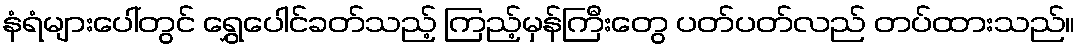
နံရံများပေါ်တွင် ရွှေပေါင်ခတ်သည့် ကြည့်မှန်ကြီးတွေ ပတ်ပတ်လည် တပ်ထားသည်။